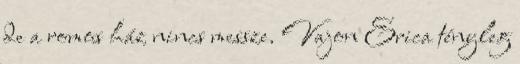
de a romos ház nincs messze. Vajon Erica tényleg